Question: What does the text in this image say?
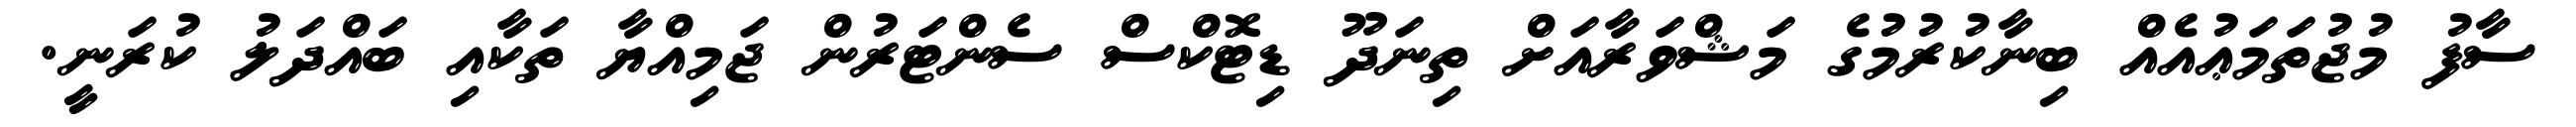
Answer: ސާފު މުޖުތަމަޢުއެއް ބިނާކުރުމުގެ މަޝްވަރާއަށް ތިނަދޫ ޑިޓޮކްސް ސެންޓަރުން ޖަމިއްޔާ ތަކާއި ބައްދަލު ކުރަނީ.